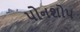
પોનશોપ